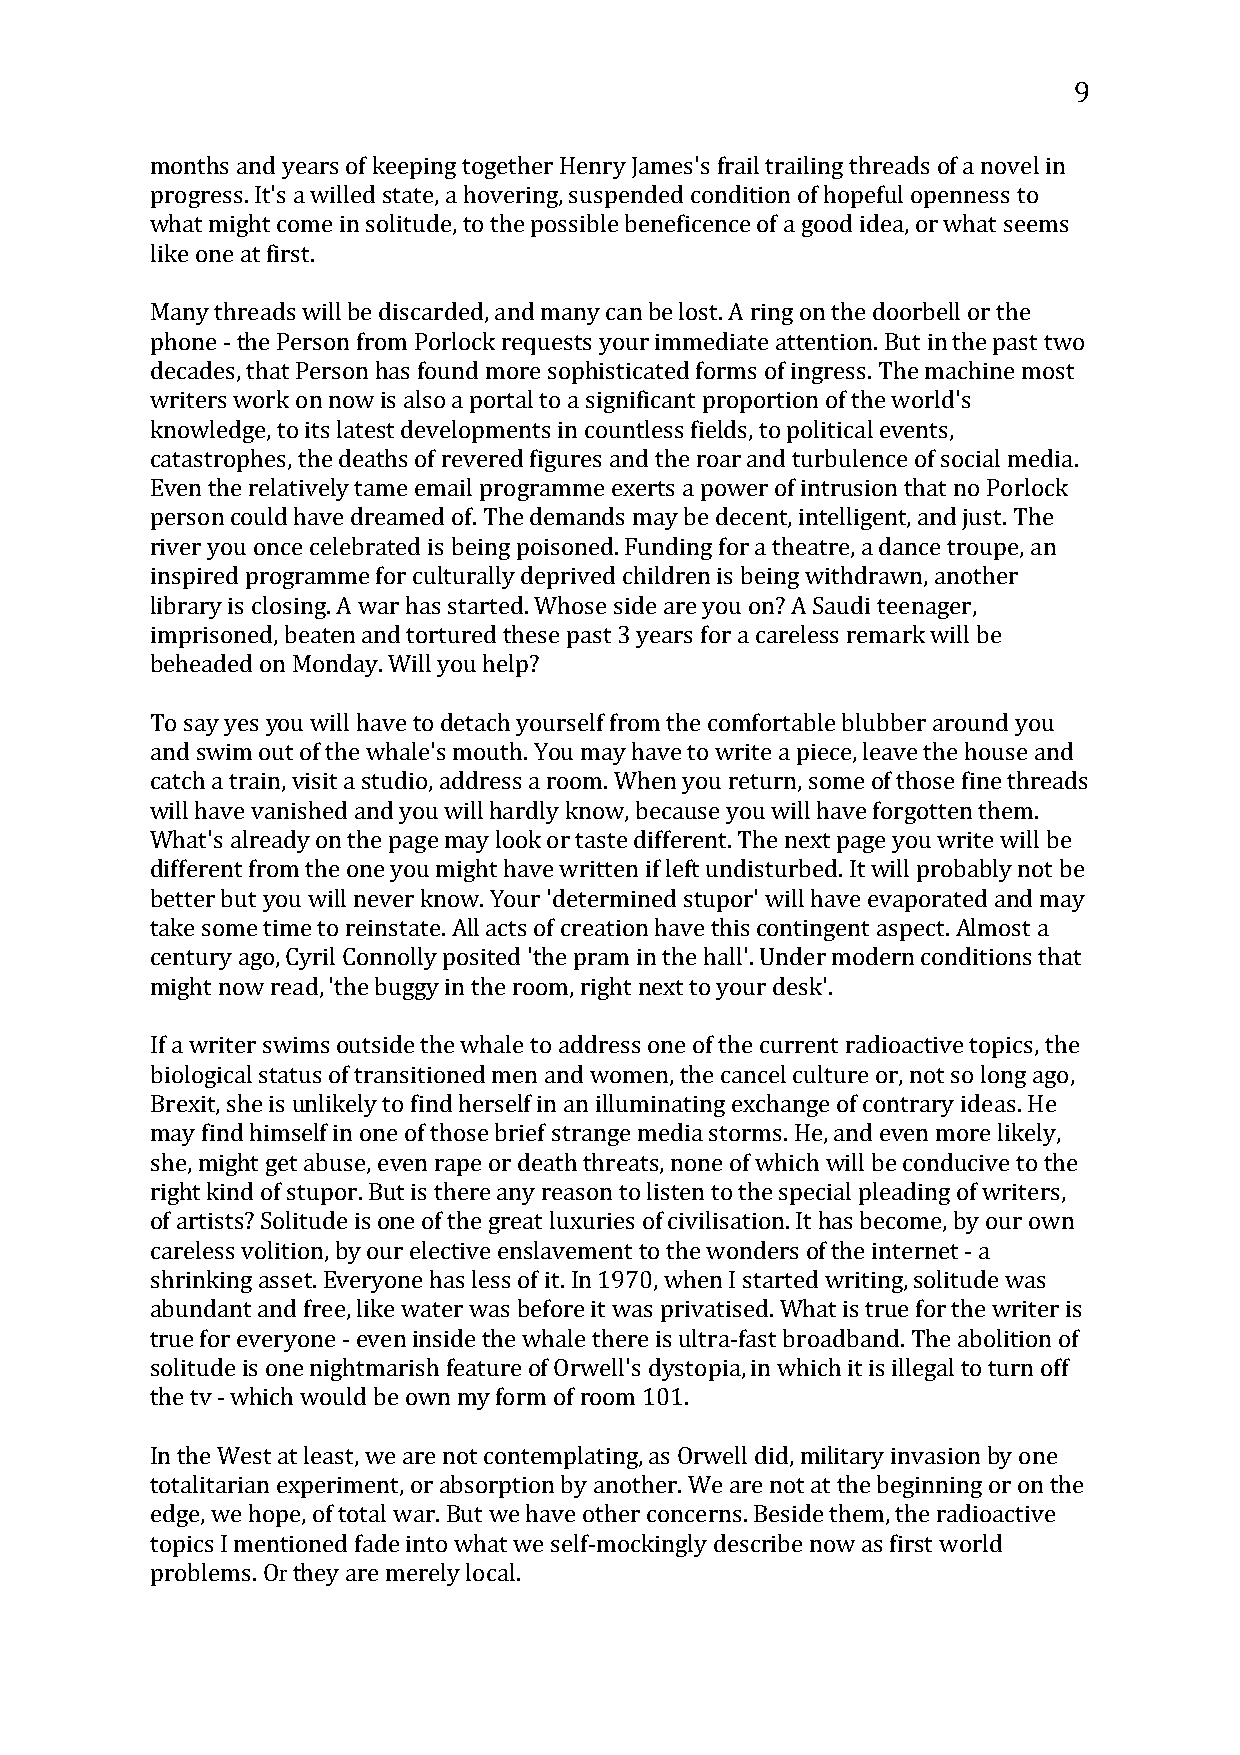
9
 months and years of keeping together Henry James's frail trailing threads of a novel in
 progress. It's a willed state, a hovering, suspended condition of hopeful openness to
 what might come in solitude, to the possible beneficence of a good idea, or what seems
 like one at first.
 Many threads will be discarded, and many can be lost. A ring on the doorbell or the
 phone - the Person from Porlock requests your immediate attention. But in the past two
 decades, that Person has found more sophisticated forms of ingress. The machine most
 writers work on now is also a portal to a significant proportion of the world's
 knowledge, to its latest developments in countless fields, to political events,
 catastrophes, the deaths of revered figures and the roar and turbulence of social media.
 Even the relatively tame email programme exerts a power of intrusion that no Porlock
 person could have dreamed of. The demands may be decent, intelligent, and just. The
 river you once celebrated is being poisoned. Funding for a theatre, a dance troupe, an
 inspired programme for culturally deprived children is being withdrawn, another
 library is closing. A war has started. Whose side are you on? A Saudi teenager,
 imprisoned, beaten and tortured these past 3 years for a careless remark will be
 beheaded on Monday. Will you help?
 To say yes you will have to detach yourself from the comfortable blubber around you
 and swim out of the whale's mouth. You may have to write a piece, leave the house and
 catch a train, visit a studio, address a room. When you return, some of those fine threads
 will have vanished and you will hardly know, because you will have forgotten them.
 What's already on the page may look or taste different. The next page you write will be
 different from the one you might have written if left undisturbed. It will probably not be
 better but you will never know. Your 'determined stupor' will have evaporated and may
 take some time to reinstate. All acts of creation have this contingent aspect. Almost a
 century ago, Cyril Connolly posited 'the pram in the hall'. Under modern conditions that
 might now read, 'the buggy in the room, right next to your desk'.
 If a writer swims outside the whale to address one of the current radioactive topics, the
 biological status of transitioned men and women, the cancel culture or, not so long ago,
 Brexit, she is unlikely to find herself in an illuminating exchange of contrary ideas. He
 may find himself in one of those brief strange media storms. He, and even more likely,
 she, might get abuse, even rape or death threats, none of which will be conducive to the
 right kind of stupor. But is there any reason to listen to the special pleading of writers,
 of artists? Solitude is one of the great luxuries of civilisation. It has become, by our own
 careless volition, by our elective enslavement to the wonders of the internet - a
 shrinking asset. Everyone has less of it. In 1970, when I started writing, solitude was
 abundant and free, like water was before it was privatised. What is true for the writer is
 true for everyone - even inside the whale there is ultra-fast broadband. The abolition of
 solitude is one nightmarish feature of Orwell's dystopia, in which it is illegal to turn off
 the tv - which would be own my form of room 101.
 In the West at least, we are not contemplating, as Orwell did, military invasion by one
 totalitarian experiment, or absorption by another. We are not at the beginning or on the
 edge, we hopre, of total war. But we have other concerns. Beside them, the radioactive
 topics I mentioned fade into what we self-mockingly describe now as first world
 problems. O they are merely local.